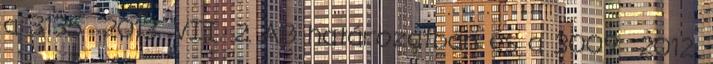
a 3135 2013. VII. 2. AB határozatban és a 3009 2012.